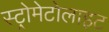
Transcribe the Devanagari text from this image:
स्ट्रोमेटोलाइट